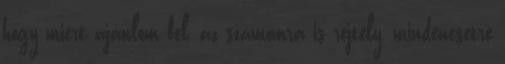
hogy miért ajánlom fel, az számomra is rejtély, mindenesetre